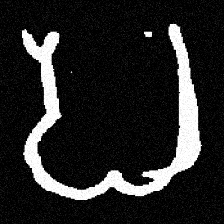
Pyu character \u2014 Myanmar letter: ပ (romanized: pa)